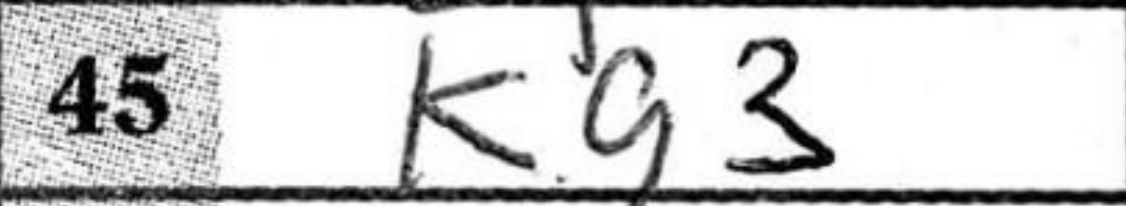
Transcription: Kg3